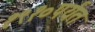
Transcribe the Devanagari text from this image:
१९१०पर्यंत